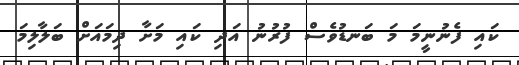
ކައި ފެނުނީމަ މަ ބަނޑުވެސް ފުރުނު އަދި ކައި މަށާ ދިމައަށް ބަލާލިމަ